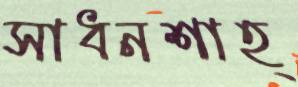
সাধনশাহ্